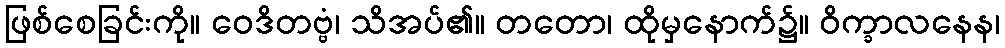
ဖြစ်စေခြင်းကို။ ဝေဒိတဗ္ဗံ၊ သိအပ်၏။ တတော၊ ထိုမှနောက်၌။ ဝိက္ခာလနေန၊